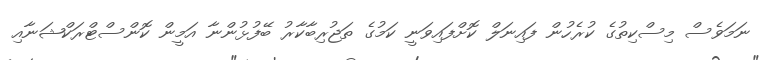
ނަމަވެސް މިސްކިތުގެ ކުރެހުން ފައިނަލް ކޮށްފައިވަނީ ކަމުގެ ތަޖުރިބާކާރު ބޭފުޅުންނާ އަމީން ކޮންސްޓްރަކްޝަނާއި